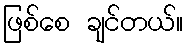
ဖြစ်စေ ချင်တယ်။